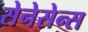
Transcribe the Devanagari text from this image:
सेनेसेन्स